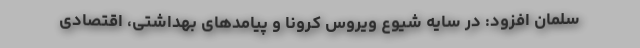
سلمان افزود: در سایه شیوع ویروس کرونا و پیامدهای بهداشتی، اقتصادی